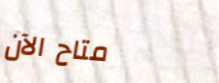
متاح الآن